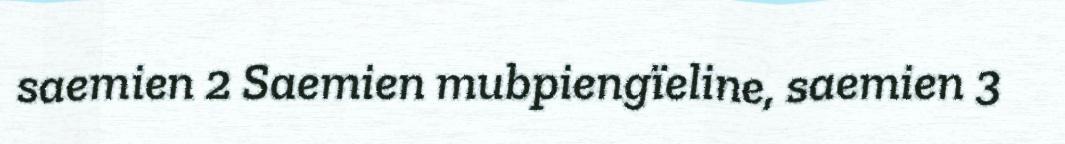
saemien 2 Saemien mubpiengïeline, saemien 3